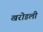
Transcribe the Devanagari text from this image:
खरोडली